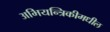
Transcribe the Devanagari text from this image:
अभियन्त्रिकीमधील